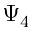
\Psi _ { 4 }